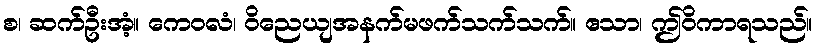
စ၊ ဆက်ဦးအံ့။ ကေဝလံ၊ ဝိညေယျအနက်မဖက်သက်သက်။ ဧသာ၊ ဤဝိကာရသည်။